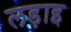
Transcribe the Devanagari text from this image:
लड़ाइ